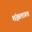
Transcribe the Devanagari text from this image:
शृंखलागत